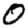
Digit: 0